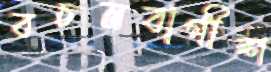
বচনবাগীশ